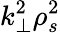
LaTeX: k_{\perp}^{2}\rho_{s}^{2}